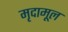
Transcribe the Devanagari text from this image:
मृदामूल